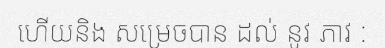
ហើយនិង សម្រេចបាន ដល់ នូវ ភាវ :